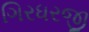
ગિરધરજી